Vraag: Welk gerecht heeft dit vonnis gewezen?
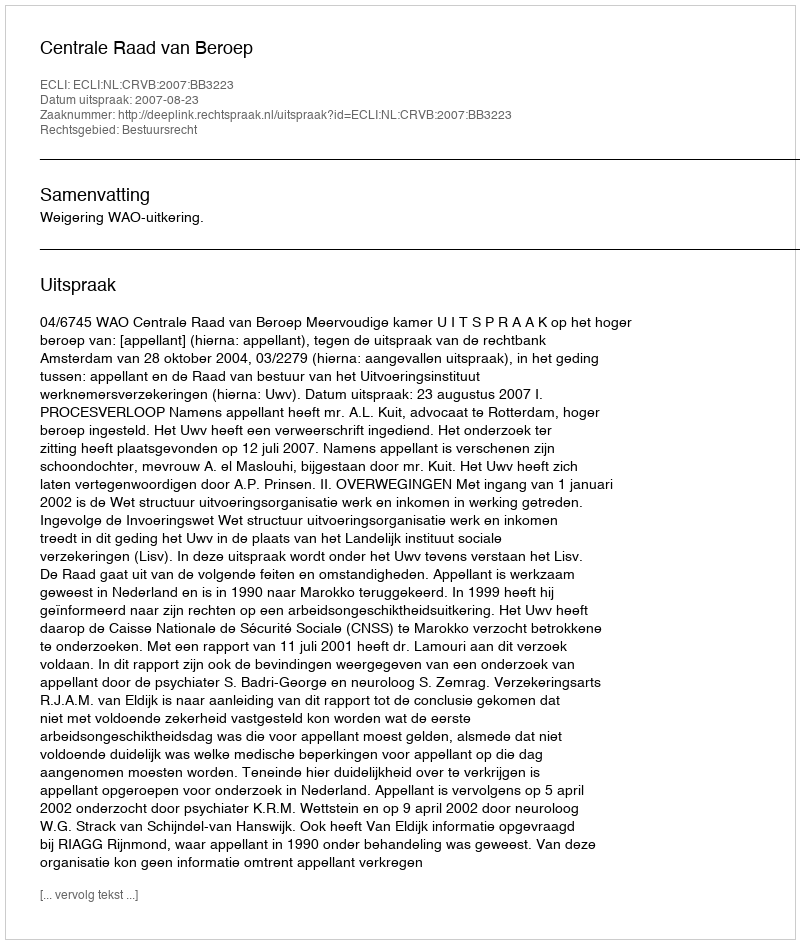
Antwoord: Centrale Raad van Beroep